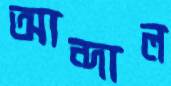
আন্দাল